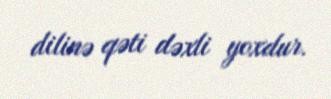
dilinə qəti dəxli yoxdur.